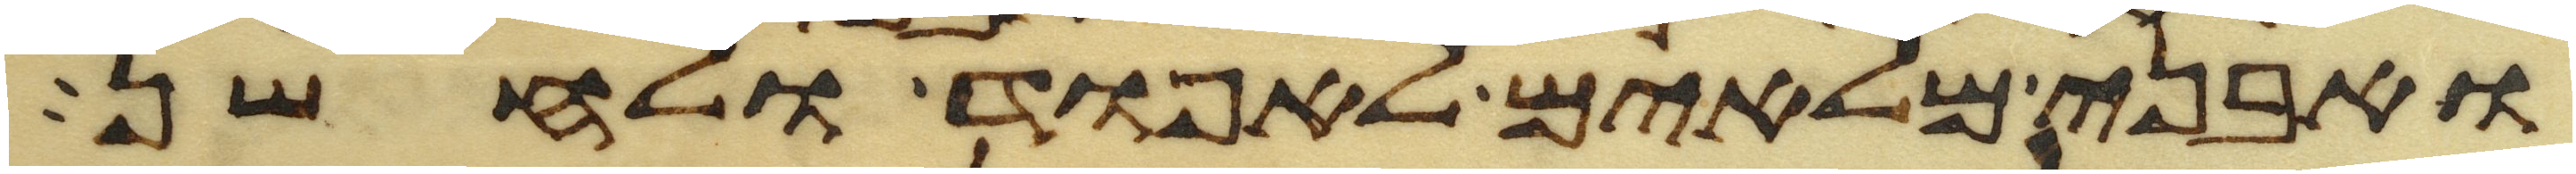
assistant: ואבני מלאים לאפוד ולחשן